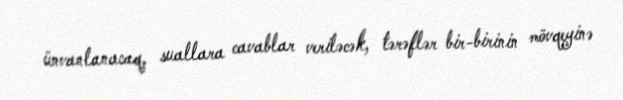
ünvanlanacaq, suallara cavablar veriləcək, tərəflər bir-birinin mövqeyinə